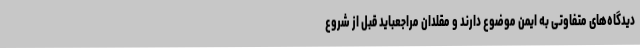
دیدگاه‌های متفاوتی به ایمن موضوع دارند و مقلدان مراجعباید قبل از شروع